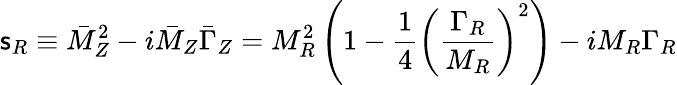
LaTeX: {\mathsf{s}}_{R}\equiv\bar{M}_{Z}^{2}-i\bar{M}_{Z}\bar{\Gamma}_{Z}=M_{R}^{2}\left(1-\frac{1}{4}\left(\frac{\Gamma_{R}}{M_{R}}\right)^{2}\right)-iM_{R}\Gamma_{R}